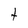
Character: t